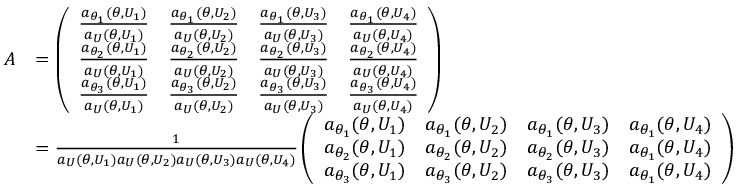
\begin{array} { r l } { A } & { = \left( \begin{array} { l l l l } { \frac { a _ { \theta _ { 1 } } ( \theta , U _ { 1 } ) } { a _ { U } ( \theta , U _ { 1 } ) } } & { \frac { a _ { \theta _ { 1 } } ( \theta , U _ { 2 } ) } { a _ { U } ( \theta , U _ { 2 } ) } } & { \frac { a _ { \theta _ { 1 } } ( \theta , U _ { 3 } ) } { a _ { U } ( \theta , U _ { 3 } ) } } & { \frac { a _ { \theta _ { 1 } } ( \theta , U _ { 4 } ) } { a _ { U } ( \theta , U _ { 4 } ) } } \\ { \frac { a _ { \theta _ { 2 } } ( \theta , U _ { 1 } ) } { a _ { U } ( \theta , U _ { 1 } ) } } & { \frac { a _ { \theta _ { 2 } } ( \theta , U _ { 2 } ) } { a _ { U } ( \theta , U _ { 2 } ) } } & { \frac { a _ { \theta _ { 2 } } ( \theta , U _ { 3 } ) } { a _ { U } ( \theta , U _ { 3 } ) } } & { \frac { a _ { \theta _ { 2 } } ( \theta , U _ { 4 } ) } { a _ { U } ( \theta , U _ { 4 } ) } } \\ { \frac { a _ { \theta _ { 3 } } ( \theta , U _ { 1 } ) } { a _ { U } ( \theta , U _ { 1 } ) } } & { \frac { a _ { \theta _ { 3 } } ( \theta , U _ { 2 } ) } { a _ { U } ( \theta , U _ { 2 } ) } } & { \frac { a _ { \theta _ { 3 } } ( \theta , U _ { 3 } ) } { a _ { U } ( \theta , U _ { 3 } ) } } & { \frac { a _ { \theta _ { 3 } } ( \theta , U _ { 4 } ) } { a _ { U } ( \theta , U _ { 4 } ) } } \end{array} \right) } \\ & { = \frac { 1 } { a _ { U } ( \theta , U _ { 1 } ) a _ { U } ( \theta , U _ { 2 } ) a _ { U } ( \theta , U _ { 3 } ) a _ { U } ( \theta , U _ { 4 } ) } \left( \begin{array} { l l l l } { a _ { \theta _ { 1 } } ( \theta , U _ { 1 } ) } & { a _ { \theta _ { 1 } } ( \theta , U _ { 2 } ) } & { a _ { \theta _ { 1 } } ( \theta , U _ { 3 } ) } & { a _ { \theta _ { 1 } } ( \theta , U _ { 4 } ) } \\ { a _ { \theta _ { 2 } } ( \theta , U _ { 1 } ) } & { a _ { \theta _ { 2 } } ( \theta , U _ { 2 } ) } & { a _ { \theta _ { 2 } } ( \theta , U _ { 3 } ) } & { a _ { \theta _ { 1 } } ( \theta , U _ { 4 } ) } \\ { a _ { \theta _ { 3 } } ( \theta , U _ { 1 } ) } & { a _ { \theta _ { 3 } } ( \theta , U _ { 2 } ) } & { a _ { \theta _ { 3 } } ( \theta , U _ { 3 } ) } & { a _ { \theta _ { 1 } } ( \theta , U _ { 4 } ) } \end{array} \right) } \end{array}